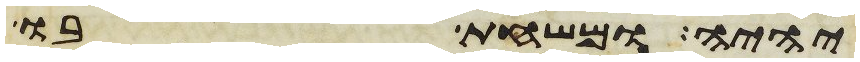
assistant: יהיה ומשחת בו